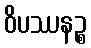
ဝိပဿနဉ္စ